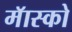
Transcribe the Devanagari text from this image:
मॅास्को